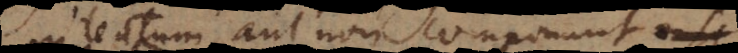
intentum, aut non componunt, sed